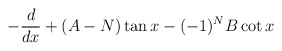
\begin{align*}-\frac{d}{dx} + (A -N ) \tan x - (-1)^N B \cot x\end{align*}